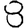
Digit: 8